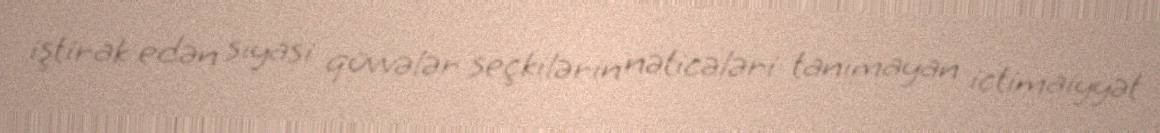
iştirak edən siyasi qüvvələr seçkilərin nəticələri tanımayan ictimaiyyət